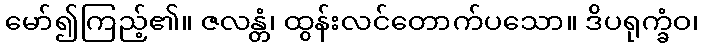
မော်၍ကြည့်၏။ ဇလန္တံ၊ ထွန်းလင်တောက်ပသော။ ဒိပရုက္ခံဝ၊